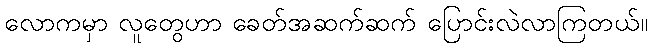
လောကမှာ လူတွေဟာ ခေတ်အဆက်ဆက် ပြောင်းလဲလာကြတယ်။